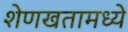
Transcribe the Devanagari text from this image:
शेणखतामध्ये